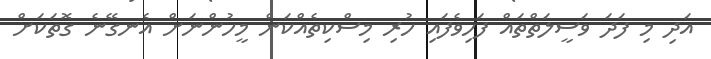
އަދި މި ފަދަ ވަސީލަތްތައް ފަހިވެފައި ހުރި މިސްކިތެއްކަން މީހުންނަށް އެނގޭނެ ގޮތަކަށް